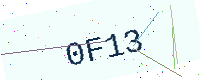
Text: 0F13